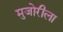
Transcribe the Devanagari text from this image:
मुजोरीला